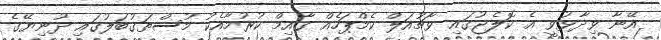
އޭނާ ވިދާޅުވީ އެ ކޮލެޖުގައި ވާޗުއަލް ކެމްޕަހެއް ގާއިމް ކުރުމާއެކު މުސްތަގުބަލުގައި ދުނިޔޭގެ